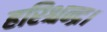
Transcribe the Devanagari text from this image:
हरिश्चन्द्र।